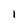
Character: l